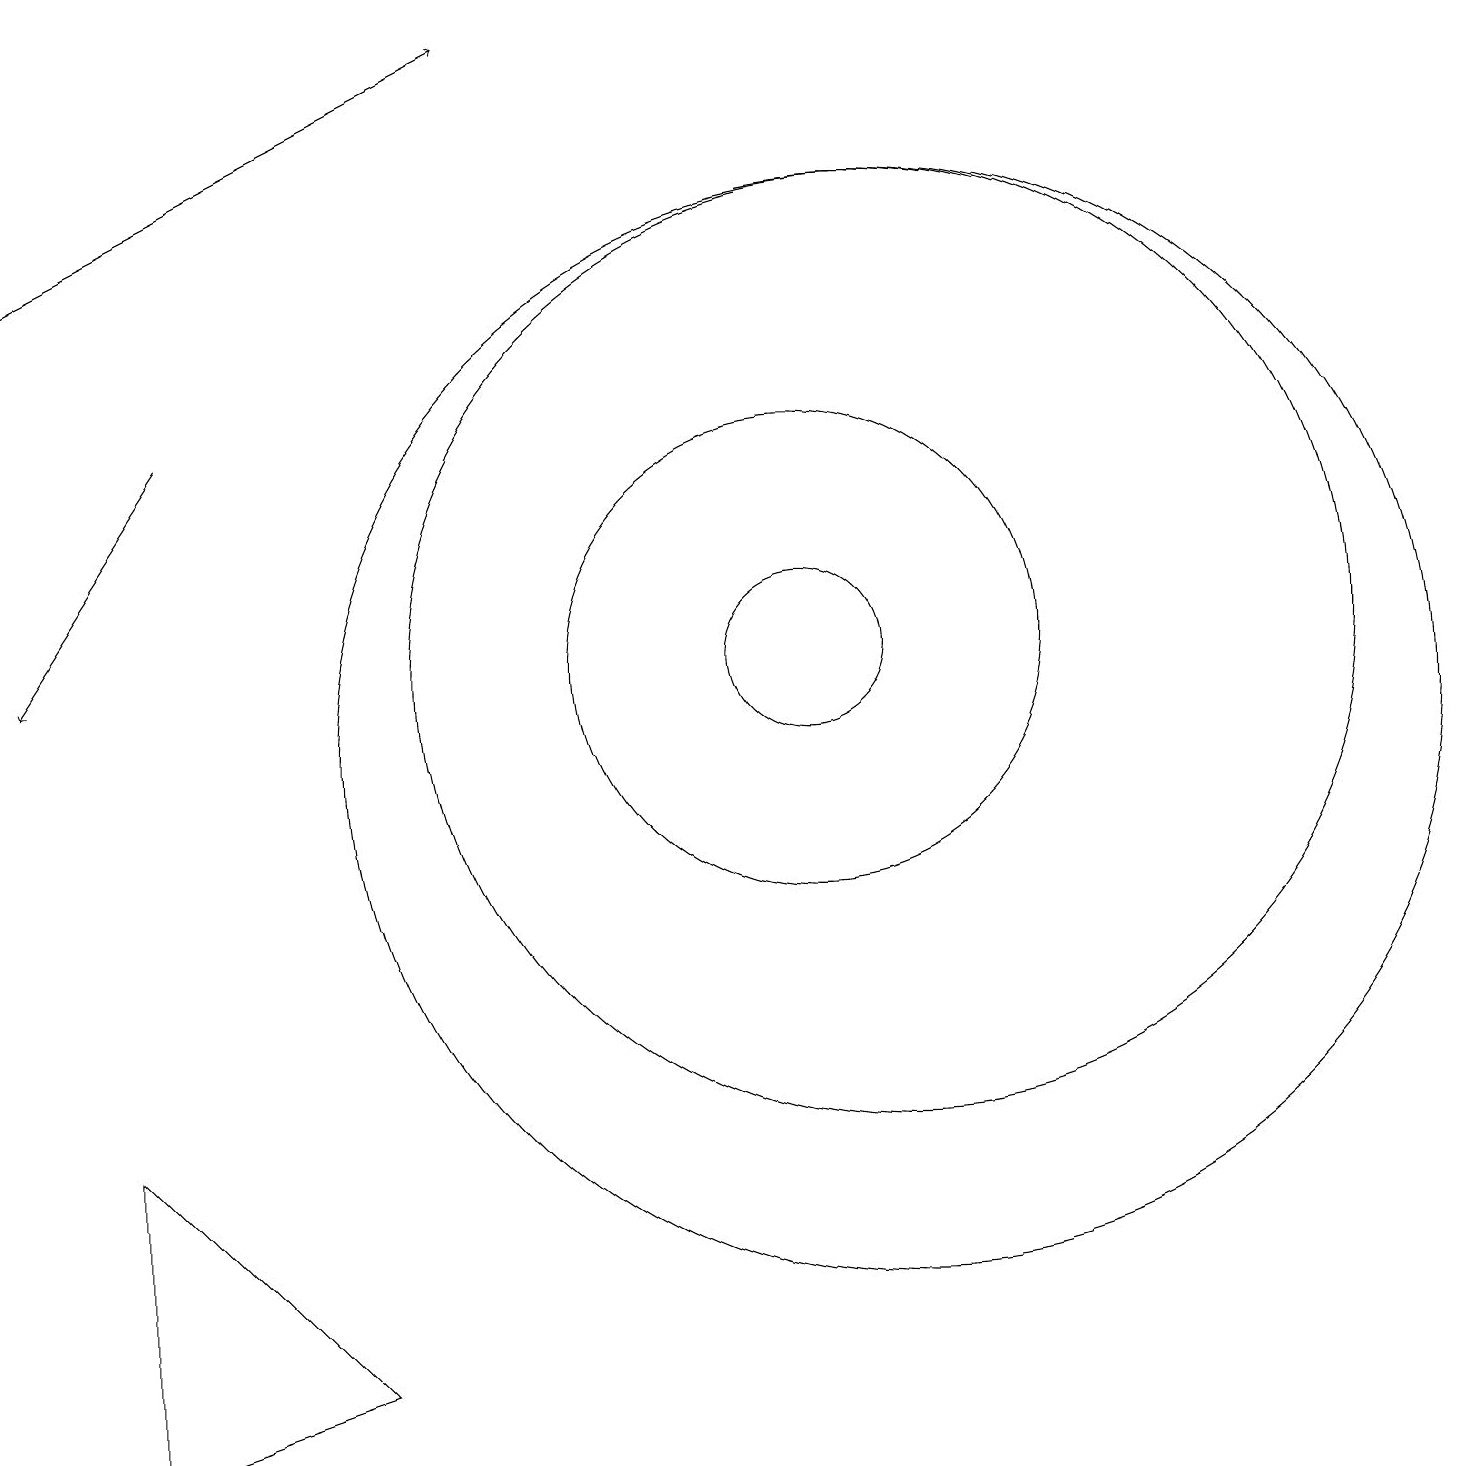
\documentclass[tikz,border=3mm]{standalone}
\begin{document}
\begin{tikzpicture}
\draw[->] (2,14) -- (0,11);
\draw (11,10) circle (7);
\draw (10,11) circle (3);
\draw (10,11) circle (1);
\draw (12,10) circle (0);
\draw (11,11) circle (6);
\draw[->] (0,16) -- (6,19);
\draw (4,2) -- (1,1) -- (1,5) -- cycle;
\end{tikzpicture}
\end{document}